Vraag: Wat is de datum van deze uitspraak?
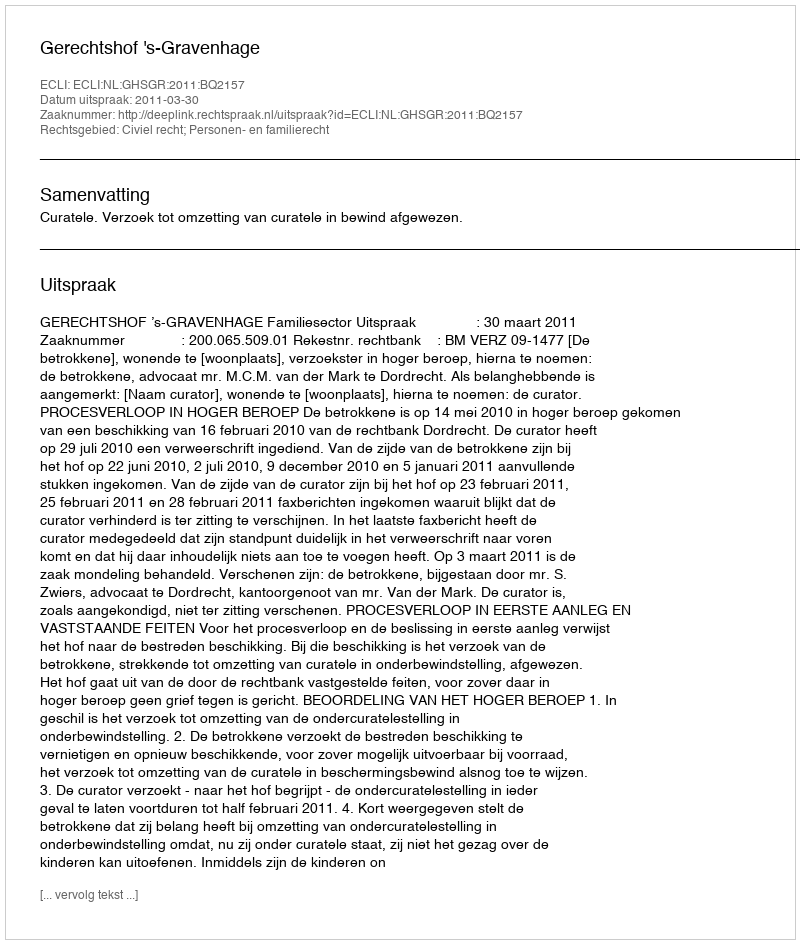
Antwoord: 2011-03-30